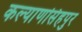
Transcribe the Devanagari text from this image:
कल्याणसिंहपुर